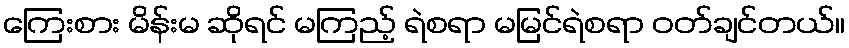
ကြေးစား မိန်းမ ဆိုရင် မကြည့် ရဲစရာ မမြင်ရဲစရာ ဝတ်ချင်တယ်။